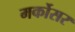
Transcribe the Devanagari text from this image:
मर्कोसर